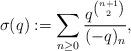
LaTeX: \begin{align*} \sigma(q) := \sum_{n \geq 0} \frac{q^{\binom{n+1}{2}}}{(-q)_n},\end{align*}